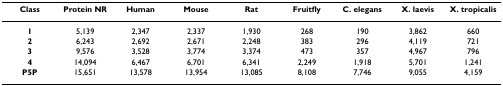
<table><thead><tr><td><b>Class</b></td><td><b>Protein NR</b></td><td><b>Human</b></td><td><b>Mouse</b></td><td><b>Rat</b></td><td><b>Fruitfly</b></td><td><b>C. elegans</b></td><td><b>X. laevis</b></td><td><b>X. tropicalis</b></td></tr></thead><tbody><tr><td><b>1</b></td><td>5,139</td><td>2,347</td><td>2,337</td><td>1,930</td><td>268</td><td>190</td><td>3,862</td><td>660</td></tr><tr><td><b>2</b></td><td>6,243</td><td>2,692</td><td>2,671</td><td>2,248</td><td>383</td><td>296</td><td>4,119</td><td>721</td></tr><tr><td><b>3</b></td><td>9,576</td><td>3,528</td><td>3,774</td><td>3,374</td><td>473</td><td>357</td><td>4,967</td><td>796</td></tr><tr><td><b>4</b></td><td>14,094</td><td>6,467</td><td>6,701</td><td>6,341</td><td>2,249</td><td>1,918</td><td>5,701</td><td>1,241</td></tr><tr><td><b>P5P</b></td><td>15,651</td><td>13,578</td><td>13,954</td><td>13,085</td><td>8,108</td><td>7,746</td><td>9,055</td><td>4,159</td></tr></tbody></table>